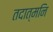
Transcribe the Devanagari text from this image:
तदात्मनि